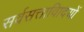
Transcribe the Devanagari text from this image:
सर्वसत्तावािदयों